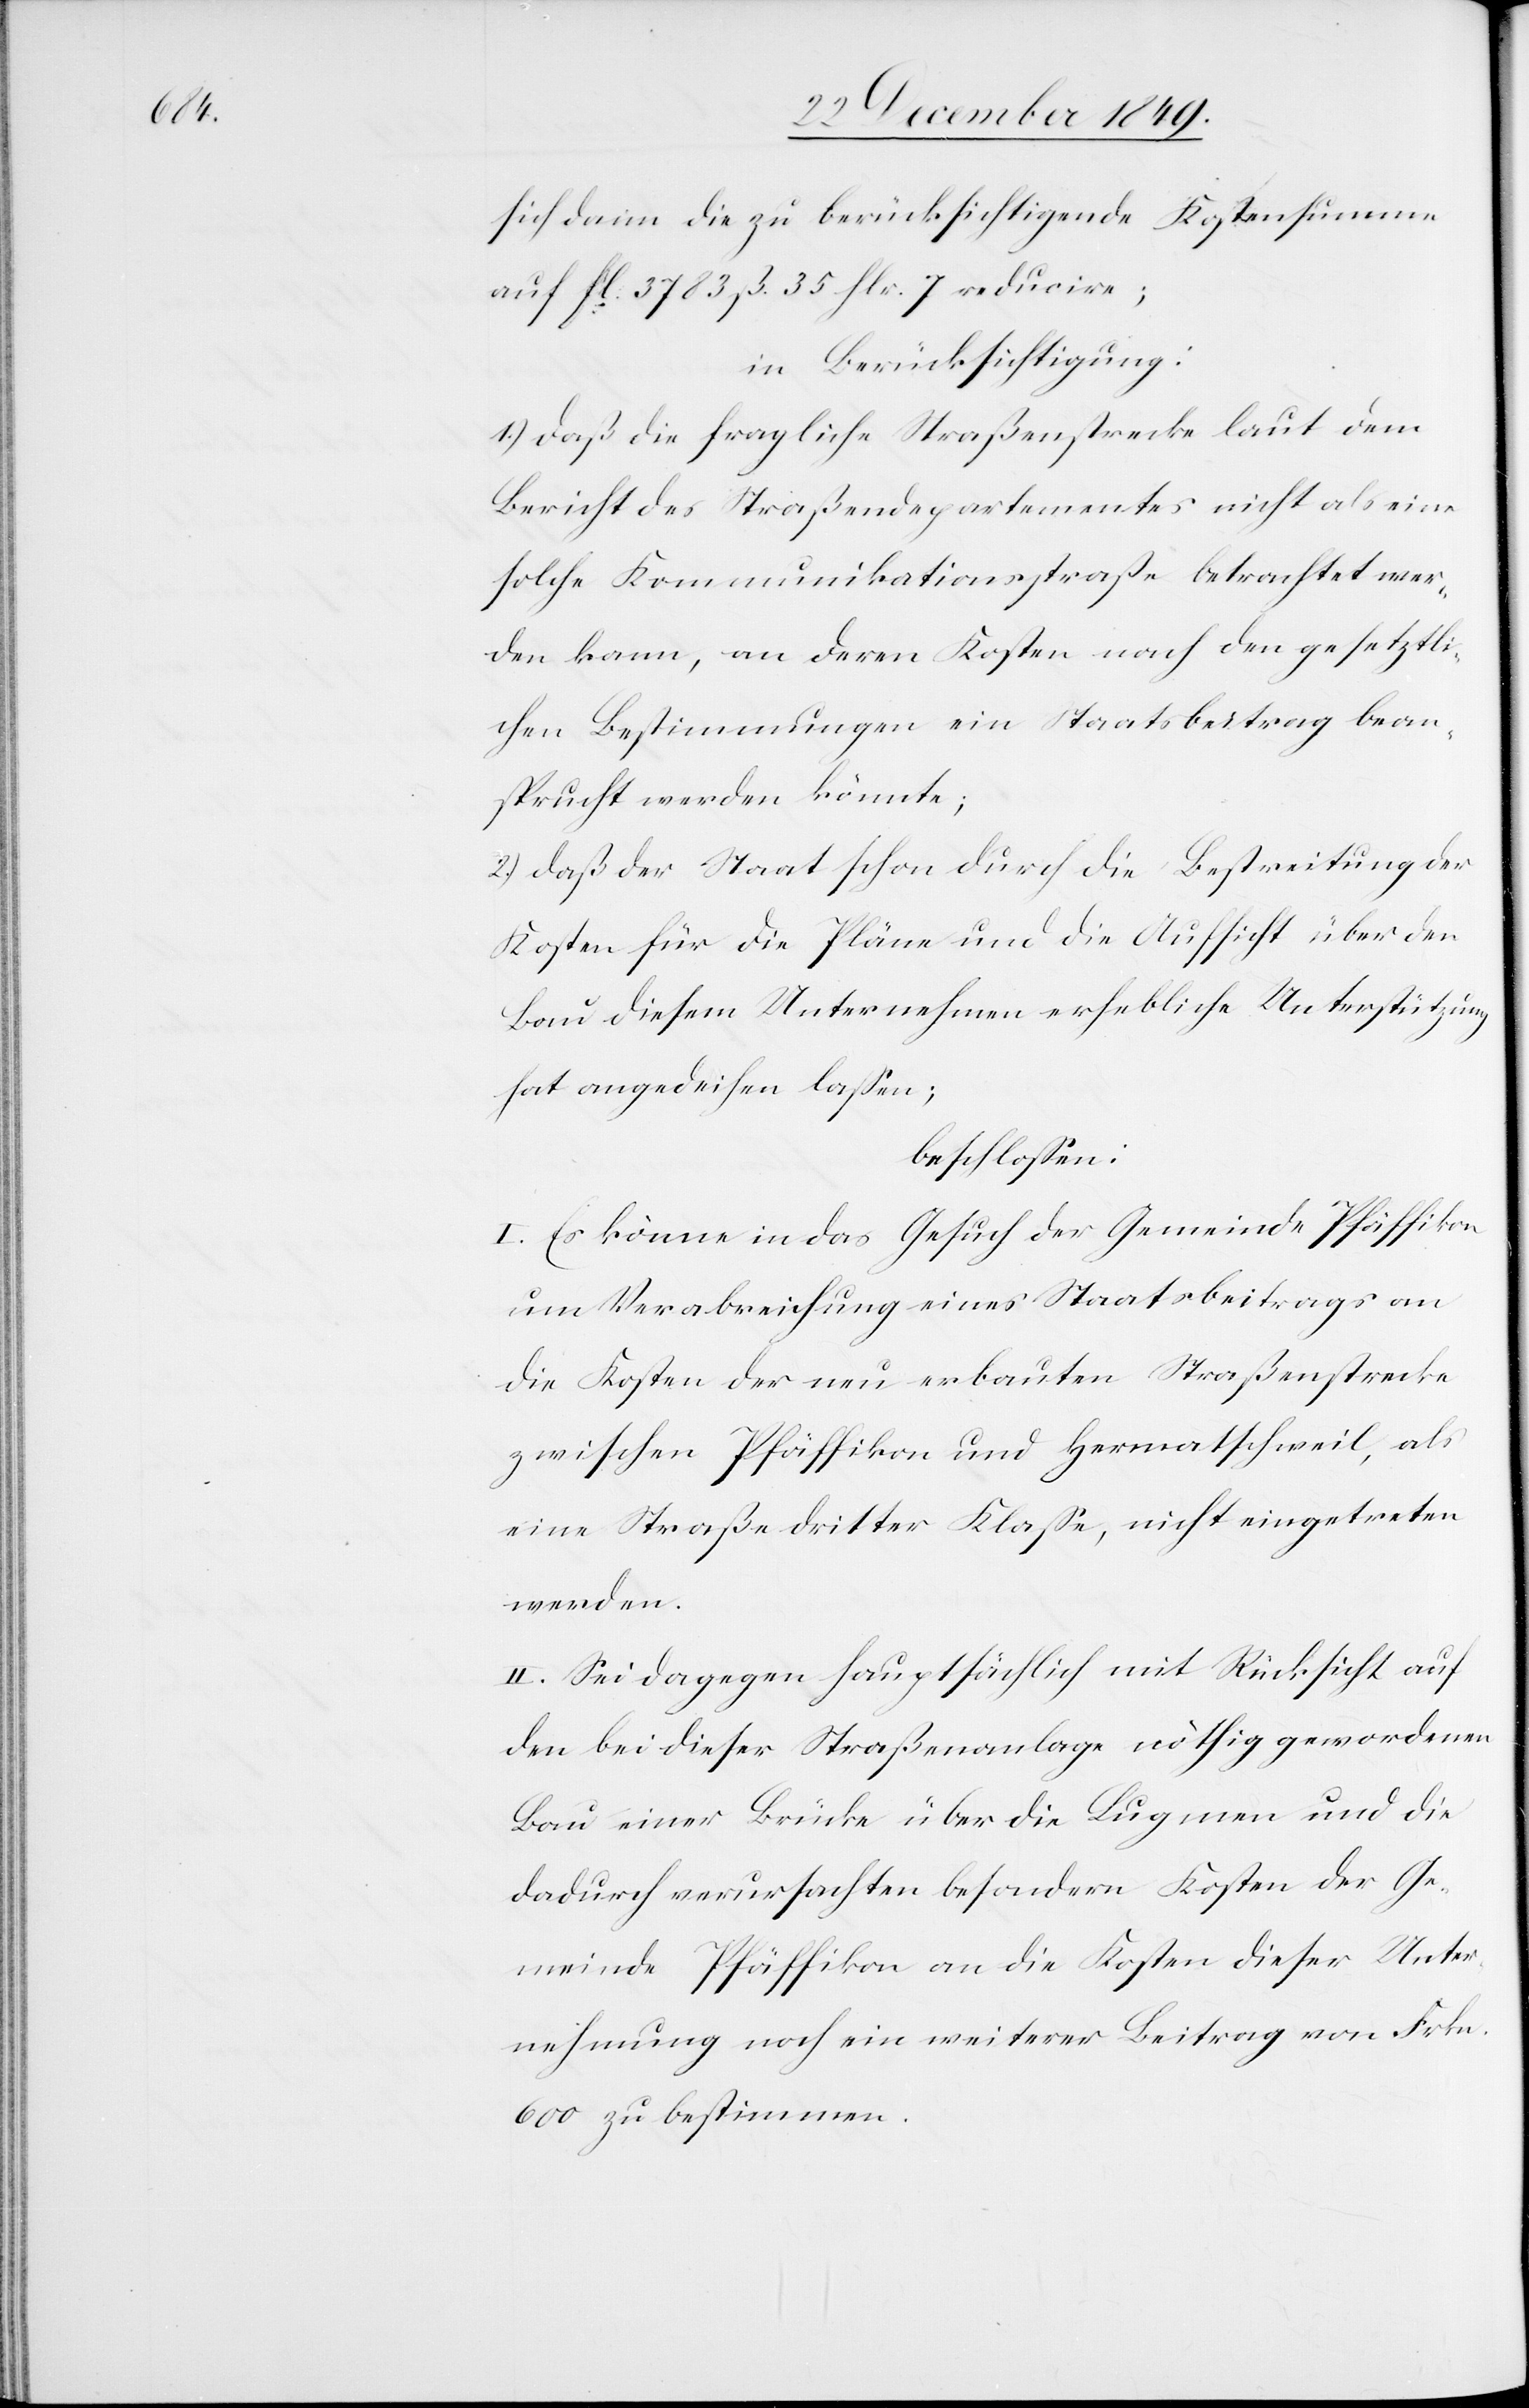
sich dann die zu berücksichtigende Kostensumme
auf fl. 3783 ß 35 flr. 7 reducire;
in Berücksichtigung:
1.) daß die fragliche Straßenstrecke laut dem
Bericht des Straßendepartementes nicht als eine
solche Kommunikationsstraße betrachtet wer¬
den kann, an deren Kosten nach den gesetzli¬
chen Bestimmungen ein Staatsbeitrag bean¬
sprucht werden könnte;
2.) daß der Staat schon durch die Bestreitung der
Kosten für die Pläne und die Aussicht über den
Bau diesem Unternehmen erhebliche Unterstützung
hat angedeihen laßen;
beschloßen:
I. Es könne in das Gesuch der Gemeinde Pfäffikon
um Verabreichung eines Staatsbeitrages an
die Kosten der neu erbauten Straßenstrecke
zwischen Pfäffikon und Hermatschweil, als
eine Straße dritter Klaße, nicht eingetreten
werden.
II. Sei dagegen hauptsächlich mit Rücksicht auf
den bei dieser Straßenanlage nöthig gewordenen
Bau einer Brücke über die Lugmen und die
dadurch verursachten besondern Kosten der Ge¬
meinde Pfäffikon an die Kosten dieser Unter¬
nehmung noch ein weiterer Beitrag von Frkn.
600 zu bestimmen.